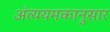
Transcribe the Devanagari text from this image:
अंत्ययमकानुसार